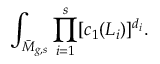
\int _ { \bar { \cal M } _ { g , s } } \prod _ { i = 1 } ^ { s } [ c _ { 1 } ( { \cal L } _ { i } ) ] ^ { d _ { i } } .